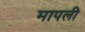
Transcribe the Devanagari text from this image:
मापली